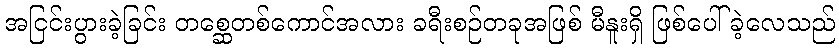
အငြင်းပွားခဲ့ခြင်း တစ္ဆေတစ်ကောင်အလား ခရီးစဉ်တခုအဖြစ် မီနူးရှိ ဖြစ်ပေါ်ခဲ့လေသည်